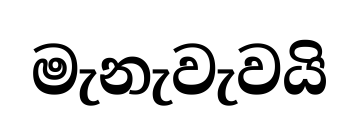
මැනැවැවයි